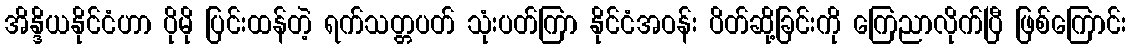
အိန္ဒိယနိုင်ငံဟာ ပိုမို ပြင်းထန်တဲ့ ရက်သတ္တပတ် သုံးပတ်ကြာ နိုင်ငံအဝန်း ပိတ်ဆို့ခြင်းကို ကြေညာလိုက်ပြီ ဖြစ်ကြောင်း